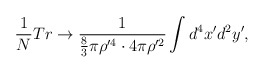
\begin{align*}\frac{1}{N}Tr \rightarrow \frac{1}{\frac{8}{3}\pi\rho^{\prime 4}\cdot 4\pi \rho^{\prime 2}}\int d^{4}x^{\prime}d^{2}y^{\prime},\end{align*}